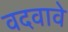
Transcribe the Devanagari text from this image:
वदवावे